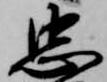
忠